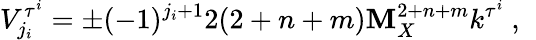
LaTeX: V_{j_{i}}^{\tau^{i}}=\pm(-1)^{j_{i}+1}2(2+n+m)\mathbf{M}_{X}^{2+n+m}k^{\tau^{i}}~,~\,